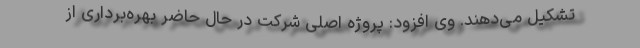
تشکیل می‌دهند. وی افزود: پروژه اصلی شرکت در حال حاضر بهره‌برداری از